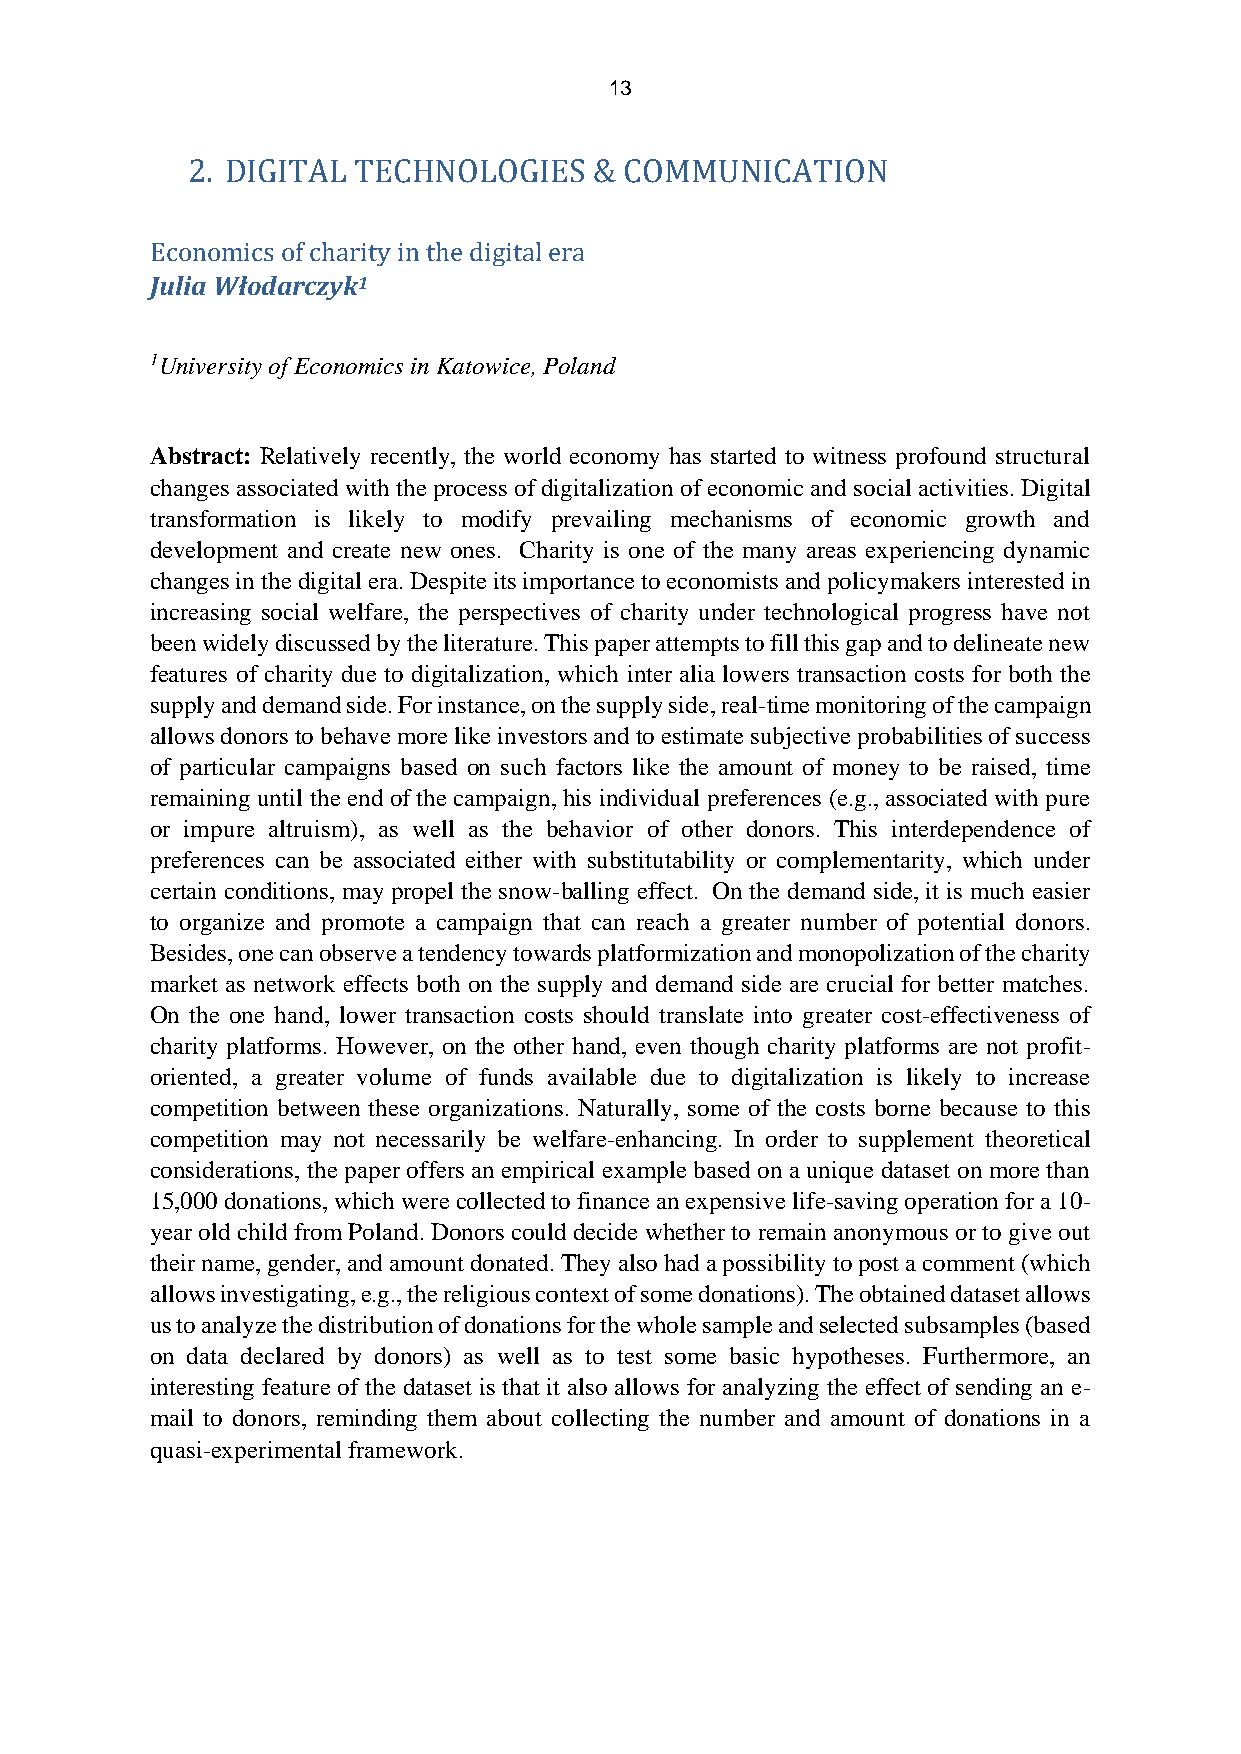
13
 2. DIGITAL TECHNOLOGIES    & COMMUNICATION
 Economics of charity in the digital era
 Julia Włodarczyk1
 1University of Economics in Katowice, Poland
 Abstract: Relatively recently, the world economy has started to witness profound structural
 changes associated with the process of digitalization of economic and social activities. Digital
 transformation is likely to modify prevailing mechanisms of economic growth and
 development and create new ones. Charity is one of the many areas experiencing dynamic
 changes in the digital era. Despite its importance to economists and policymakers interested in
 increasing social welfare, the perspectives of charity under technological progress have not
 been widely discussed by the literature. This paper attempts to fill this gap and to delineate new
 features of charity due to digitalization, which inter alia lowers transaction costs for both the
 supply and demand side. For instance, on the supply side, real-time monitoring of the campaign
 allows donors to behave more like investors and to estimate subjective probabilities of success
 of particular campaigns based on such factors like the amount of money to be raised, time
 remaining until the end of the campaign, his individual preferences (e.g., associated with pure
 or impure altruism), as well as the behavior of other donors. This interdependence of
 preferences can be associated either with substitutability or complementarity, which under
 certain conditions, may propel the snow-balling effect. On the demand side, it is much easier
 to organize and promote a campaign that can reach a greater number of potential donors.
 Besides, one can observe a tendency towards platformization and monopolization of the charity
 market as network effects both on the supply and demand side are crucial for better matches.
 On the one hand, lower transaction costs should translate into greater cost-effectiveness of
 charity platforms. However, on the other hand, even though charity platforms are not profit-
 oriented, a greater volume of funds available due to digitalization is likely to increase
 competition between these organizations. Naturally, some of the costs borne because to this
 competition may not necessarily be welfare-enhancing. In order to supplement theoretical
 considerations, the paper offers an empirical example based on a unique dataset on more than
 15,000 donations, which were collected to finance an expensive life-saving operation for a 10-
 year old child from Poland. Donors could decide whether to remain anonymous or to give out
 their name, gender, and amount donated. They also had a possibility to post a comment (which
 allows investigating, e.g., the religious context of some donations). The obtained dataset allows
 us to analyze the distribution of donations for the whole sample and selected subsamples (based
 on data declared by donors) as well as to test some basic hypotheses. Furthermore, an
 interesting feature of the dataset is that it also allows for analyzing the effect of sending an e-
 mail to donors, reminding them about collecting the number and amount of donations in a
 quasi-experimental framework.